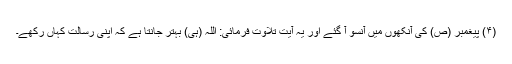
(۴) پیغمبر (ص) کی آنکھوں میں آنسو آ گئے اور یہ آیت تلاوت فرمائی: اللہ (ہی) بہتر جانتا ہے کہ اپنی رسالت کہاں رکھے۔